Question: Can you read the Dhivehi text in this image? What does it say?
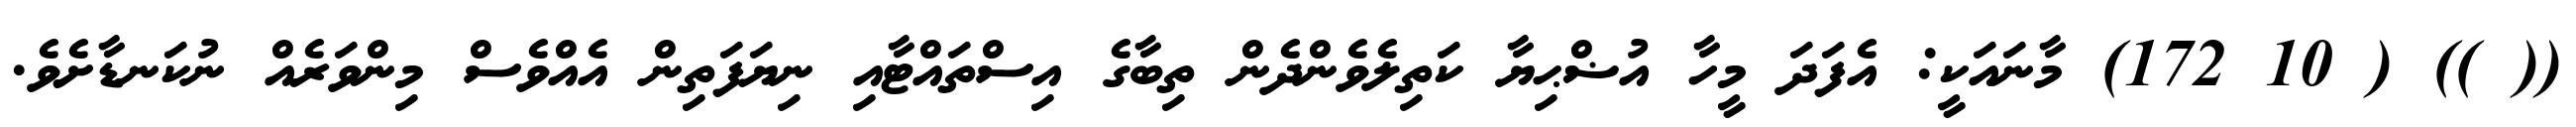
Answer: (( )) ( 10 172) މާނައަކީ: އެފަދަ މީހާ އުޟްޙިޔާ ކަތިލެވެންދެން ތިބާގެ އިސްތައްޓާއި ނިޔަފަތިން އެއްވެސް މިންވަރެއް ނުކަނޑާށެވެ.